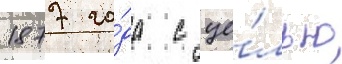
1877 го́да с це́лью